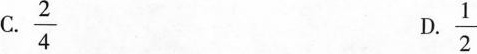
C. \frac{2}{4}D. \frac{1}{2}